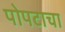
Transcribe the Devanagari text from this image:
पोपटाचा